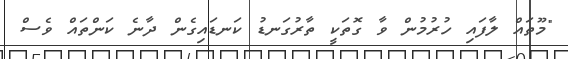
"މޫތައް ލާފައި ހުރުމުން ވާ ގޮތަކީ ތާރުގަނޑު ކަނޑައިގެން ދާނެ ކަންތައް ވެސް